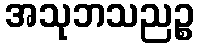
အသုဘသညဉ္စ